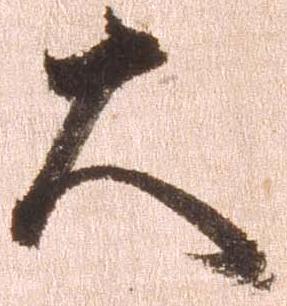
大